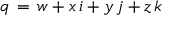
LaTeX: ~ q \, = \, w + x \, i + y \, j + z \, k